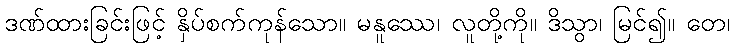
ဒဏ်ထားခြင်းဖြင့် နှိပ်စက်ကုန်သော။ မနူဿေ၊ လူတို့ကို။ ဒိသွာ၊ မြင်၍။ တေ၊